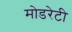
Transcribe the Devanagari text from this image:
मोडरेटी